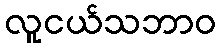
လူငယ်သဘာဝ